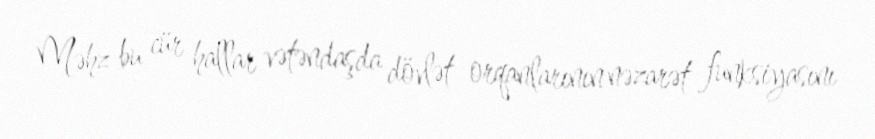
Məhz bu cür hallar vətəndaşda dövlət orqanlarının nəzarət funksiyasını